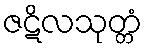
ဇဋိလသုတ္တံ